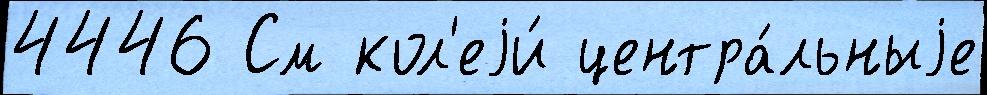
4446 См кол'еjи́ центра́льныjе